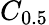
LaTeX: C_{0.5}